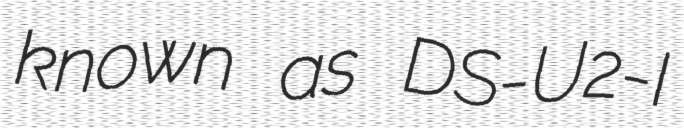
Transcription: known as DS-U2-I